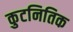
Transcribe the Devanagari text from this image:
कुटनितिक